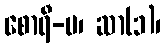
စောရီ-မ၊ ဆာ(၁)၊